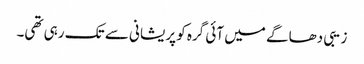
زیبی دھاگے میں آئی گرہ کو پریشانی سے تک رہی تھی۔